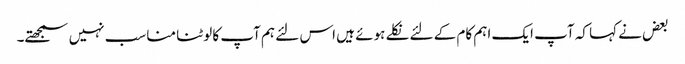
بعض نے کہا کہ آپ ایک اہم کام کے لئے نکلے ہوئے ہیں اس لئے ہم آپ کا لوٹنا مناسب نہیں سمجھتے۔